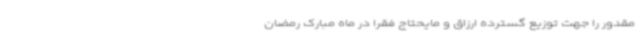
مقدور را جهت توزیع گسترده ارزاق و مایحتاج فقرا در ماه مبارک رمضان